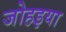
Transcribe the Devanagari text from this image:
जोहइया